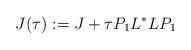
LaTeX: \begin{align*} J(\tau):=J+\tau P_1L^*LP_1 \end{align*}